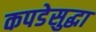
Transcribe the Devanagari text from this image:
कपडेसुद्धा